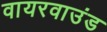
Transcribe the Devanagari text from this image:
वायरवाउंड